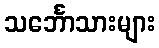
သင်္ဘောသားများ